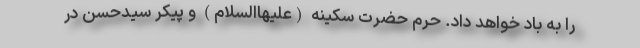
را به باد خواهد داد. حرم حضرت سکینه (علیهاالسلام) و پیکر سیدحسن در